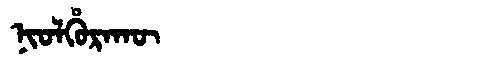
Manchu: ᠨᡳᠣᠯᡥᡠᡵᠠᡴᡡ
Romanization: NIOLHURAKŪ